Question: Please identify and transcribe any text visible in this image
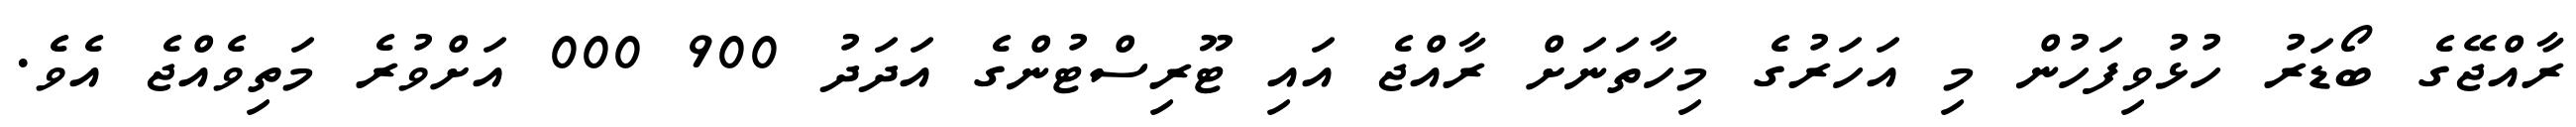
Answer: ރާއްޖޭގެ ބޯޑަރު ހުޅުވިފަހުން މި އަހަރުގެ މިހާތަނަށް ރާއްޖެ އައި ޓޫރިސްޓުންގެ އަދަދު 900 000 އަށްވުރެ މަތިވެއްޖެ އެވެ.